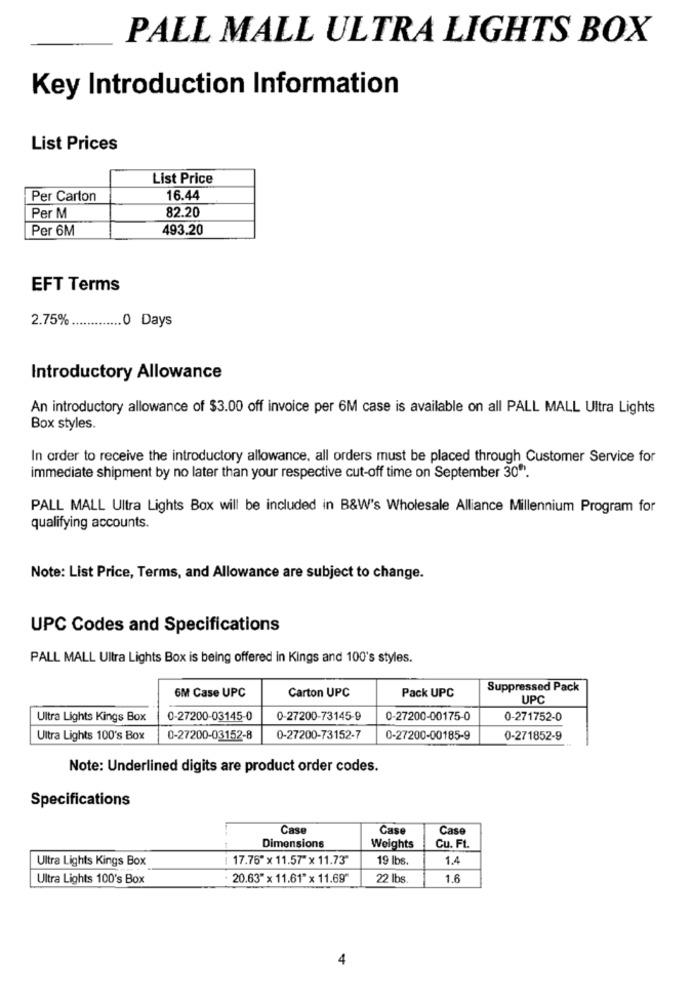
PALL MALL ULTRA LIGHTS BOX
Key Introduction Information
List Prices
List Price
Per Carton
16.44
82.20
Per M
Per 6M
493.20
EFT Terms
2.75%
........... 0 Days
Introductory Allowance
An introductory allowance of $3.00 off invoice per 6M case is available on all PALL MALL Ultra Lights
Box styles.
In order to receive the introductory allowance, all orders must be placed through Customer Service for
immediate shipment by no later than your respective cut-off time on September 30".
PALL MALL Ultra Lights Box will be included in B&W's Wholesale Alliance Millennium Program for
qualifying accounts.
Note: List Price, Terms, and Allowance are subject to change.
UPC Codes and Specifications
PALL MALL Ultra Lights Box is being offered in Kings and 100's styles.
Suppressed Pack
6M Case UPC
Carton UPC
Pack UPC
UPC
Ultra Lights Kings Box
0-27200-03145-0
0-27200-73145-9
0-27200-00175-0
0-271752-0
Ultra Lights 100's Box
0-27200-03152-8
0-27200-73152-7
0-27200-00185-9
0-271852-9
Note: Underlined digits are product order codes.
Specifications
Case
Case
Case
Dimensions
Weights
Cu. Ft.
Ultra Lights Kings Box
17.76" x 11.57"x 11.73"
19 lbs.
1.4
Ultra Lights 100's Box
20.63" x 11.61"x 11.69"
22 lbs
1.6
4